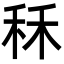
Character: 秝